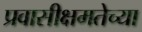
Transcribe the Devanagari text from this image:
प्रवासीक्षमतेच्या